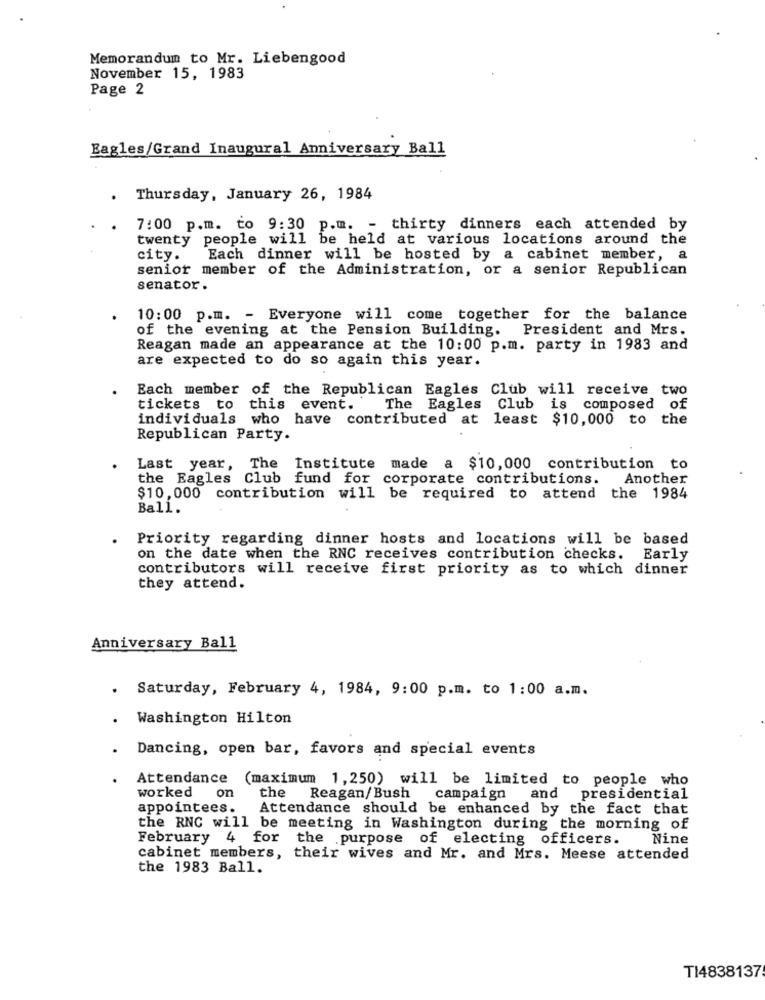
Memorandum to Mr. Liebengood
November 15, 1983
Page 2
Eagles/Grand Inaugural Anniversary Ball
Thursday, January 26, 1984
7:00 p.m. to 9:30 p.m. - thirty dinners each attended by
twenty people will be held at various locations around the
city.
Each dinner will be hosted by a cabinet member, a
senior member of the Administration, or a senior Republican
senator.
10:00 p.m. - Everyone will come together for the balance
of the evening at the Pension Building. President and Mrs.
Reagan made an appearance at the 10:00 p.m. party in 1983 and
are expected to do so again this year.
Each member of the Republican Eagles Club will receive two
tickets to this event.
The Eagles Club is composed of
individuals who have contributed at least $10,000 to the
Republican Party.
Last year, The Institute made a $10, 000 contribution to
the Eagles Club fund for corporate contributions.
Another
$10, 000 contribution will be required to attend the 1984
Ball.
Priority regarding dinner hosts and locations will be based
on the date when the RNC receives contribution checks.
Early
contributors will receive first priority as to which dinner
they attend.
Anniversary Ball
.
Saturday, February 4, 1984, 9:00 p.m. to 1:00 a.m.
Washington Hilton
Dancing, open bar, favors and special events
Attendance (maximum 1,250) will be limited to people who
worked on
the Reagan/Bush campaign and presidential
appointees.
Attendance should be enhanced by the fact that
the RNC will be meeting in Washington during the morning of
February 4 for the purpose of electing officers.
Nine
cabinet members, their wives and Mr. and Mrs. Meese attended
the 1983 Ball.
TI4838137